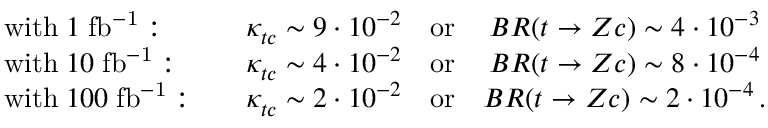
\begin{array} { l c c } { { \mathrm { w i t h } \; 1 \; \mathrm { f b ^ { - 1 } } : \quad } } & { { \kappa _ { t c } ^ { } \sim 9 \cdot 1 0 ^ { - 2 } \quad \mathrm { o r } } } & { { B R ( t \rightarrow Z c ) \sim 4 \cdot 1 0 ^ { - 3 } } } \\ { { \mathrm { w i t h } \; 1 0 \; \mathrm { f b ^ { - 1 } } : \quad } } & { { \kappa _ { t c } ^ { } \sim 4 \cdot 1 0 ^ { - 2 } \quad \mathrm { o r } } } & { { B R ( t \rightarrow Z c ) \sim 8 \cdot 1 0 ^ { - 4 } } } \\ { { \mathrm { w i t h } \; 1 0 0 \; \mathrm { f b ^ { - 1 } } : \quad } } & { { \kappa _ { t c } ^ { } \sim 2 \cdot 1 0 ^ { - 2 } \quad \mathrm { o r } } } & { { B R ( t \rightarrow Z c ) \sim 2 \cdot 1 0 ^ { - 4 } \, . } } \end{array}